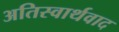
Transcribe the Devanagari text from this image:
अतिस्वार्थवाद